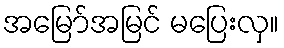
အမြော်အမြင် မပြေးလှ။